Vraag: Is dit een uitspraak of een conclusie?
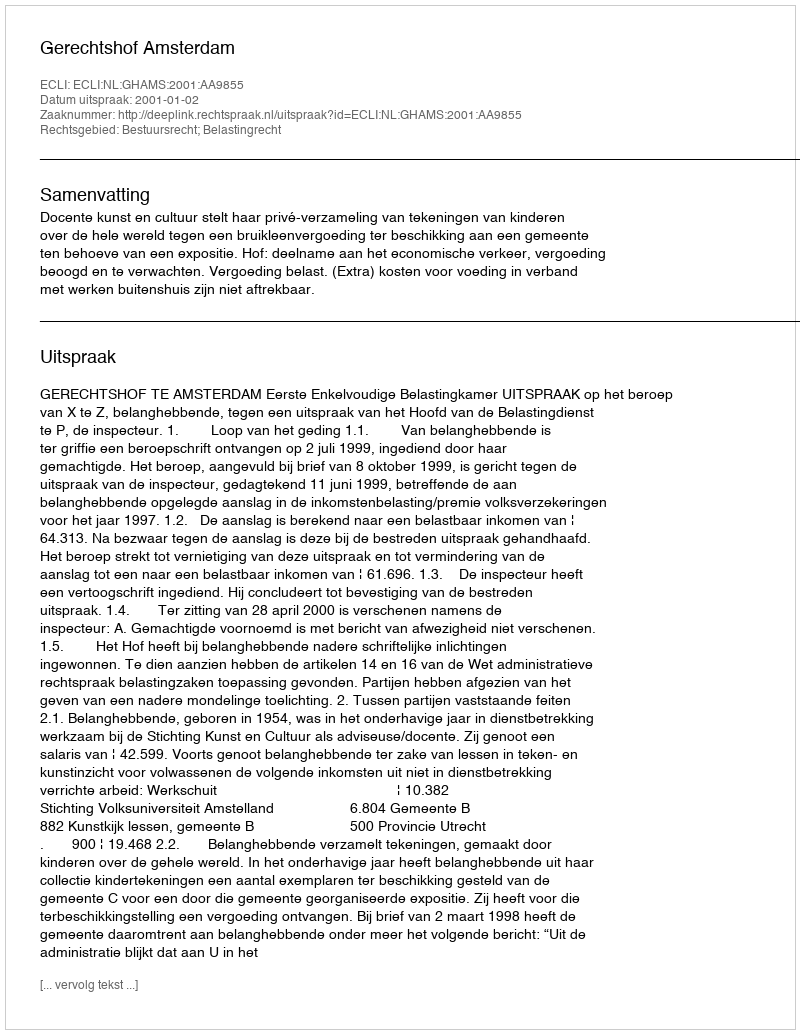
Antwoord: Uitspraak